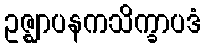
ဥဇ္ဈာပနကသိက္ခာပဒံ